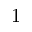
1